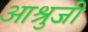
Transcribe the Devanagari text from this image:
आश्रुजी